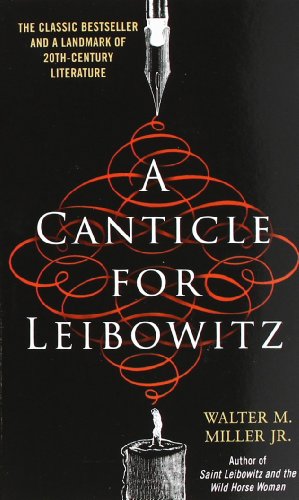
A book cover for A Canticle for Leibowitz; Walter M. Miller Jr.; Science Fiction & Fantasy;